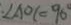
\angle A O C = 9 0 ^ { \circ }